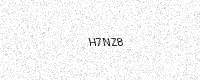
Text: H7NZ8